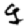
Digit: 9